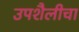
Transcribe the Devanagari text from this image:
उपशैलीचा